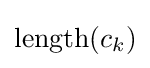
\mathrm {length} (c_{k})